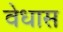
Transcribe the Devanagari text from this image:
वेधास